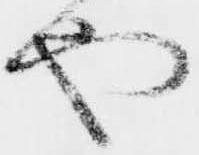
や